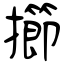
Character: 擳